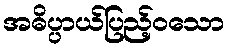
အဓိပ္ပာယ်ပြည့်ဝသော